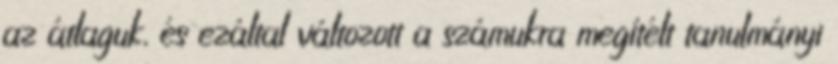
az átlaguk, és ezáltal változott a számukra megítélt tanulmányi